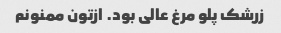
زرشک پلو مرغ عالی بود. ازتون ممنونم